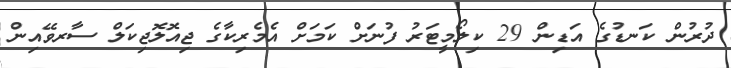
ދުރުން ކަނޑުގެ އަޑިން 29 ކިލޯމީޓަރު ފުނަށް ކަމަށް އެމެރިކާގެ ޖިއޮލޮޖިކަލް ސާރވޭއިން